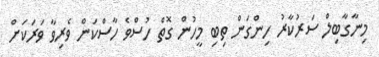
މިނާގާބިލް ސަރުކާރު ހިންގަން ތިބި މީހުން ގޮތް ހުސްވެ ހާސްކަން ވެރިވާ ވަރަކަށް